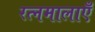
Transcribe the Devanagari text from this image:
रत्नमालाएँ